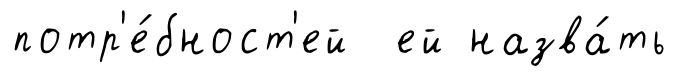
потр'е́бност'ей ей назва́ть